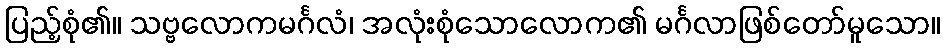
ပြည့်စုံ၏။ သဗ္ဗလောကမင်္ဂလံ၊ အလုံးစုံသောလောက၏ မင်္ဂလာဖြစ်တော်မူသော။